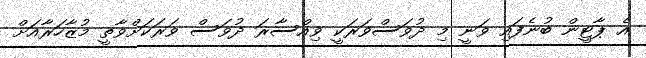
އެ ޕާޓީން ބުނެފައި ވަނީ މި ދުވަސްވަރަކީ ވިއްސާރަ ދުވަސް ވަރަކަށްވާތީ މުޒާހަރާއަށް